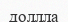
доллла